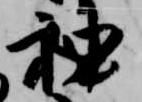
袖